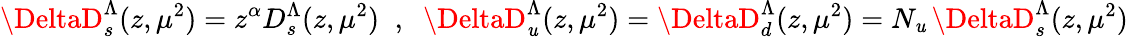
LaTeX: \DeltaD_{s}^{\Lambda}(z,\mu^{2})=z^{\alpha}D_{s}^{\Lambda}(z,\mu^{2})\; \; ,\; \; \DeltaD_{\mathit{u}}^{\Lambda}(z,\mu^{2})=\DeltaD_{d}^{\Lambda}(z,\mu^{2})=N_{\mathit{u}}\, \DeltaD_{s}^{\Lambda}(z,\mu^{2})